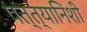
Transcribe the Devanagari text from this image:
पत्त्यानिशी